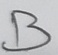
Text: B